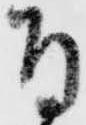
付